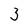
Character: 3